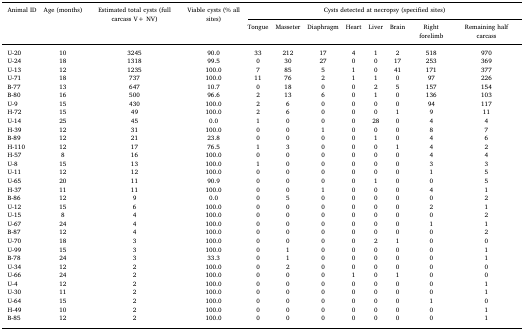
<table><thead><tr><td><b>Animal ID</b></td><td><b>Age (months)</b></td><td><b>Estimated total cysts (full carcass V+ NV)</b></td><td><b>Viable cysts (% all sites)</b></td><td colspan="8"><b>Cysts detected at necropsy (specified sites)</b></td></tr><tr><td></td><td></td><td></td><td></td><td><b>Tongue</b></td><td><b>Masseter</b></td><td><b>Diaphragm</b></td><td><b>Heart</b></td><td><b>Liver</b></td><td><b>Brain</b></td><td><b>Right forelimb</b></td><td><b>Remaining half carcass</b></td></tr></thead><tbody><tr><td>U-20</td><td>10</td><td>3245</td><td>90.0</td><td>33</td><td>212</td><td>17</td><td>4</td><td>1</td><td>2</td><td>518</td><td>970</td></tr><tr><td>U-24</td><td>18</td><td>1318</td><td>99.5</td><td>0</td><td>30</td><td>27</td><td>0</td><td>0</td><td>17</td><td>253</td><td>369</td></tr><tr><td>U-13</td><td>12</td><td>1235</td><td>100.0</td><td>7</td><td>85</td><td>5</td><td>1</td><td>0</td><td>41</td><td>171</td><td>377</td></tr><tr><td>U-71</td><td>18</td><td>737</td><td>100.0</td><td>11</td><td>76</td><td>2</td><td>1</td><td>1</td><td>0</td><td>97</td><td>226</td></tr><tr><td>B-77</td><td>13</td><td>647</td><td>10.7</td><td>0</td><td>18</td><td>0</td><td>0</td><td>2</td><td>5</td><td>157</td><td>154</td></tr><tr><td>B-80</td><td>16</td><td>500</td><td>96.6</td><td>2</td><td>13</td><td>6</td><td>0</td><td>1</td><td>0</td><td>136</td><td>103</td></tr><tr><td>U-9</td><td>15</td><td>430</td><td>100.0</td><td>2</td><td>6</td><td>0</td><td>0</td><td>0</td><td>0</td><td>94</td><td>117</td></tr><tr><td>H-72</td><td>15</td><td>49</td><td>100.0</td><td>2</td><td>6</td><td>0</td><td>0</td><td>0</td><td>1</td><td>9</td><td>11</td></tr><tr><td>U-14</td><td>25</td><td>45</td><td>0.0</td><td>1</td><td>0</td><td>0</td><td>0</td><td>28</td><td>0</td><td>4</td><td>4</td></tr><tr><td>H-39</td><td>12</td><td>31</td><td>100.0</td><td>0</td><td>0</td><td>1</td><td>0</td><td>0</td><td>0</td><td>8</td><td>7</td></tr><tr><td>B-89</td><td>12</td><td>21</td><td>23.8</td><td>0</td><td>0</td><td>0</td><td>0</td><td>1</td><td>0</td><td>4</td><td>6</td></tr><tr><td>H-110</td><td>12</td><td>17</td><td>76.5</td><td>1</td><td>3</td><td>0</td><td>0</td><td>0</td><td>1</td><td>4</td><td>2</td></tr><tr><td>H-57</td><td>8</td><td>16</td><td>100.0</td><td>0</td><td>0</td><td>0</td><td>0</td><td>0</td><td>0</td><td>4</td><td>4</td></tr><tr><td>U-8</td><td>15</td><td>13</td><td>100.0</td><td>1</td><td>0</td><td>0</td><td>0</td><td>0</td><td>0</td><td>3</td><td>3</td></tr><tr><td>U-11</td><td>12</td><td>12</td><td>100.0</td><td>0</td><td>0</td><td>0</td><td>0</td><td>0</td><td>0</td><td>1</td><td>5</td></tr><tr><td>U-65</td><td>20</td><td>11</td><td>90.9</td><td>0</td><td>0</td><td>0</td><td>0</td><td>1</td><td>0</td><td>0</td><td>5</td></tr><tr><td>H-37</td><td>11</td><td>11</td><td>100.0</td><td>0</td><td>0</td><td>1</td><td>0</td><td>0</td><td>0</td><td>4</td><td>1</td></tr><tr><td>B-86</td><td>12</td><td>9</td><td>0.0</td><td>0</td><td>5</td><td>0</td><td>0</td><td>0</td><td>0</td><td>0</td><td>2</td></tr><tr><td>U-12</td><td>15</td><td>6</td><td>100.0</td><td>0</td><td>0</td><td>0</td><td>0</td><td>0</td><td>0</td><td>2</td><td>1</td></tr><tr><td>U-15</td><td>8</td><td>4</td><td>100.0</td><td>0</td><td>0</td><td>0</td><td>0</td><td>0</td><td>0</td><td>0</td><td>2</td></tr><tr><td>U-67</td><td>24</td><td>4</td><td>100.0</td><td>0</td><td>0</td><td>0</td><td>0</td><td>0</td><td>0</td><td>1</td><td>1</td></tr><tr><td>B-87</td><td>12</td><td>4</td><td>100.0</td><td>0</td><td>0</td><td>0</td><td>0</td><td>0</td><td>0</td><td>0</td><td>2</td></tr><tr><td>U-70</td><td>18</td><td>3</td><td>100.0</td><td>0</td><td>0</td><td>0</td><td>0</td><td>2</td><td>1</td><td>0</td><td>0</td></tr><tr><td>U-99</td><td>15</td><td>3</td><td>100.0</td><td>0</td><td>1</td><td>0</td><td>0</td><td>0</td><td>0</td><td>0</td><td>1</td></tr><tr><td>B-78</td><td>24</td><td>3</td><td>33.3</td><td>0</td><td>1</td><td>0</td><td>0</td><td>0</td><td>0</td><td>0</td><td>1</td></tr><tr><td>U-34</td><td>12</td><td>2</td><td>100.0</td><td>0</td><td>2</td><td>0</td><td>0</td><td>0</td><td>0</td><td>0</td><td>0</td></tr><tr><td>U-66</td><td>24</td><td>2</td><td>100.0</td><td>0</td><td>0</td><td>0</td><td>1</td><td>0</td><td>1</td><td>0</td><td>0</td></tr><tr><td>U-4</td><td>12</td><td>2</td><td>100.0</td><td>0</td><td>0</td><td>0</td><td>0</td><td>0</td><td>0</td><td>0</td><td>1</td></tr><tr><td>U-30</td><td>11</td><td>2</td><td>100.0</td><td>0</td><td>0</td><td>0</td><td>0</td><td>0</td><td>0</td><td>0</td><td>1</td></tr><tr><td>U-64</td><td>15</td><td>2</td><td>100.0</td><td>0</td><td>0</td><td>0</td><td>0</td><td>0</td><td>0</td><td>1</td><td>0</td></tr><tr><td>H-49</td><td>10</td><td>2</td><td>100.0</td><td>0</td><td>0</td><td>0</td><td>0</td><td>0</td><td>0</td><td>0</td><td>1</td></tr><tr><td>B-85</td><td>12</td><td>2</td><td>100.0</td><td>0</td><td>0</td><td>0</td><td>0</td><td>0</td><td>0</td><td>0</td><td>1</td></tr></tbody></table>